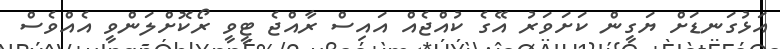
އަޅުގަނޑަށް ޔަގީން ކަށަވަރު އޭގެ ކުއްޖެއް އައިސް ރާއްޖެ ޓީވީ ރޯކޮށްލަންވީ އެއްވެސް